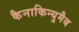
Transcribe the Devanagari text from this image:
कैनाकिन्युमैब